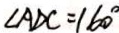
\angle A D C = 1 6 0 ^ { \circ }